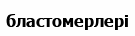
бластомерлері